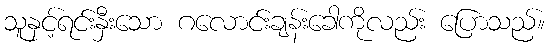
သူနှင့်ရင်းနှီးသော ဂလောင်းချန်းခေါကိုလည်း ပြောသည်။